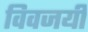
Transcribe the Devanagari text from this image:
विवजयी